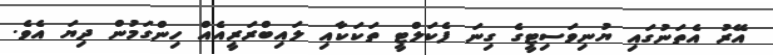
އޭރު އެތަނުގައި ޔުނިވަސިޓީގެ ގިނަ ފެކަލްޓީ ތަކަކާއި ލައިބްރަރީއެއް ހިންގަމުން ދިޔަ އެވެ.